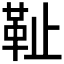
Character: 𩉮